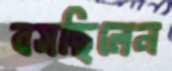
বসছিলেন